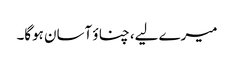
میرے لیے، چناؤ آسان ہوگا۔